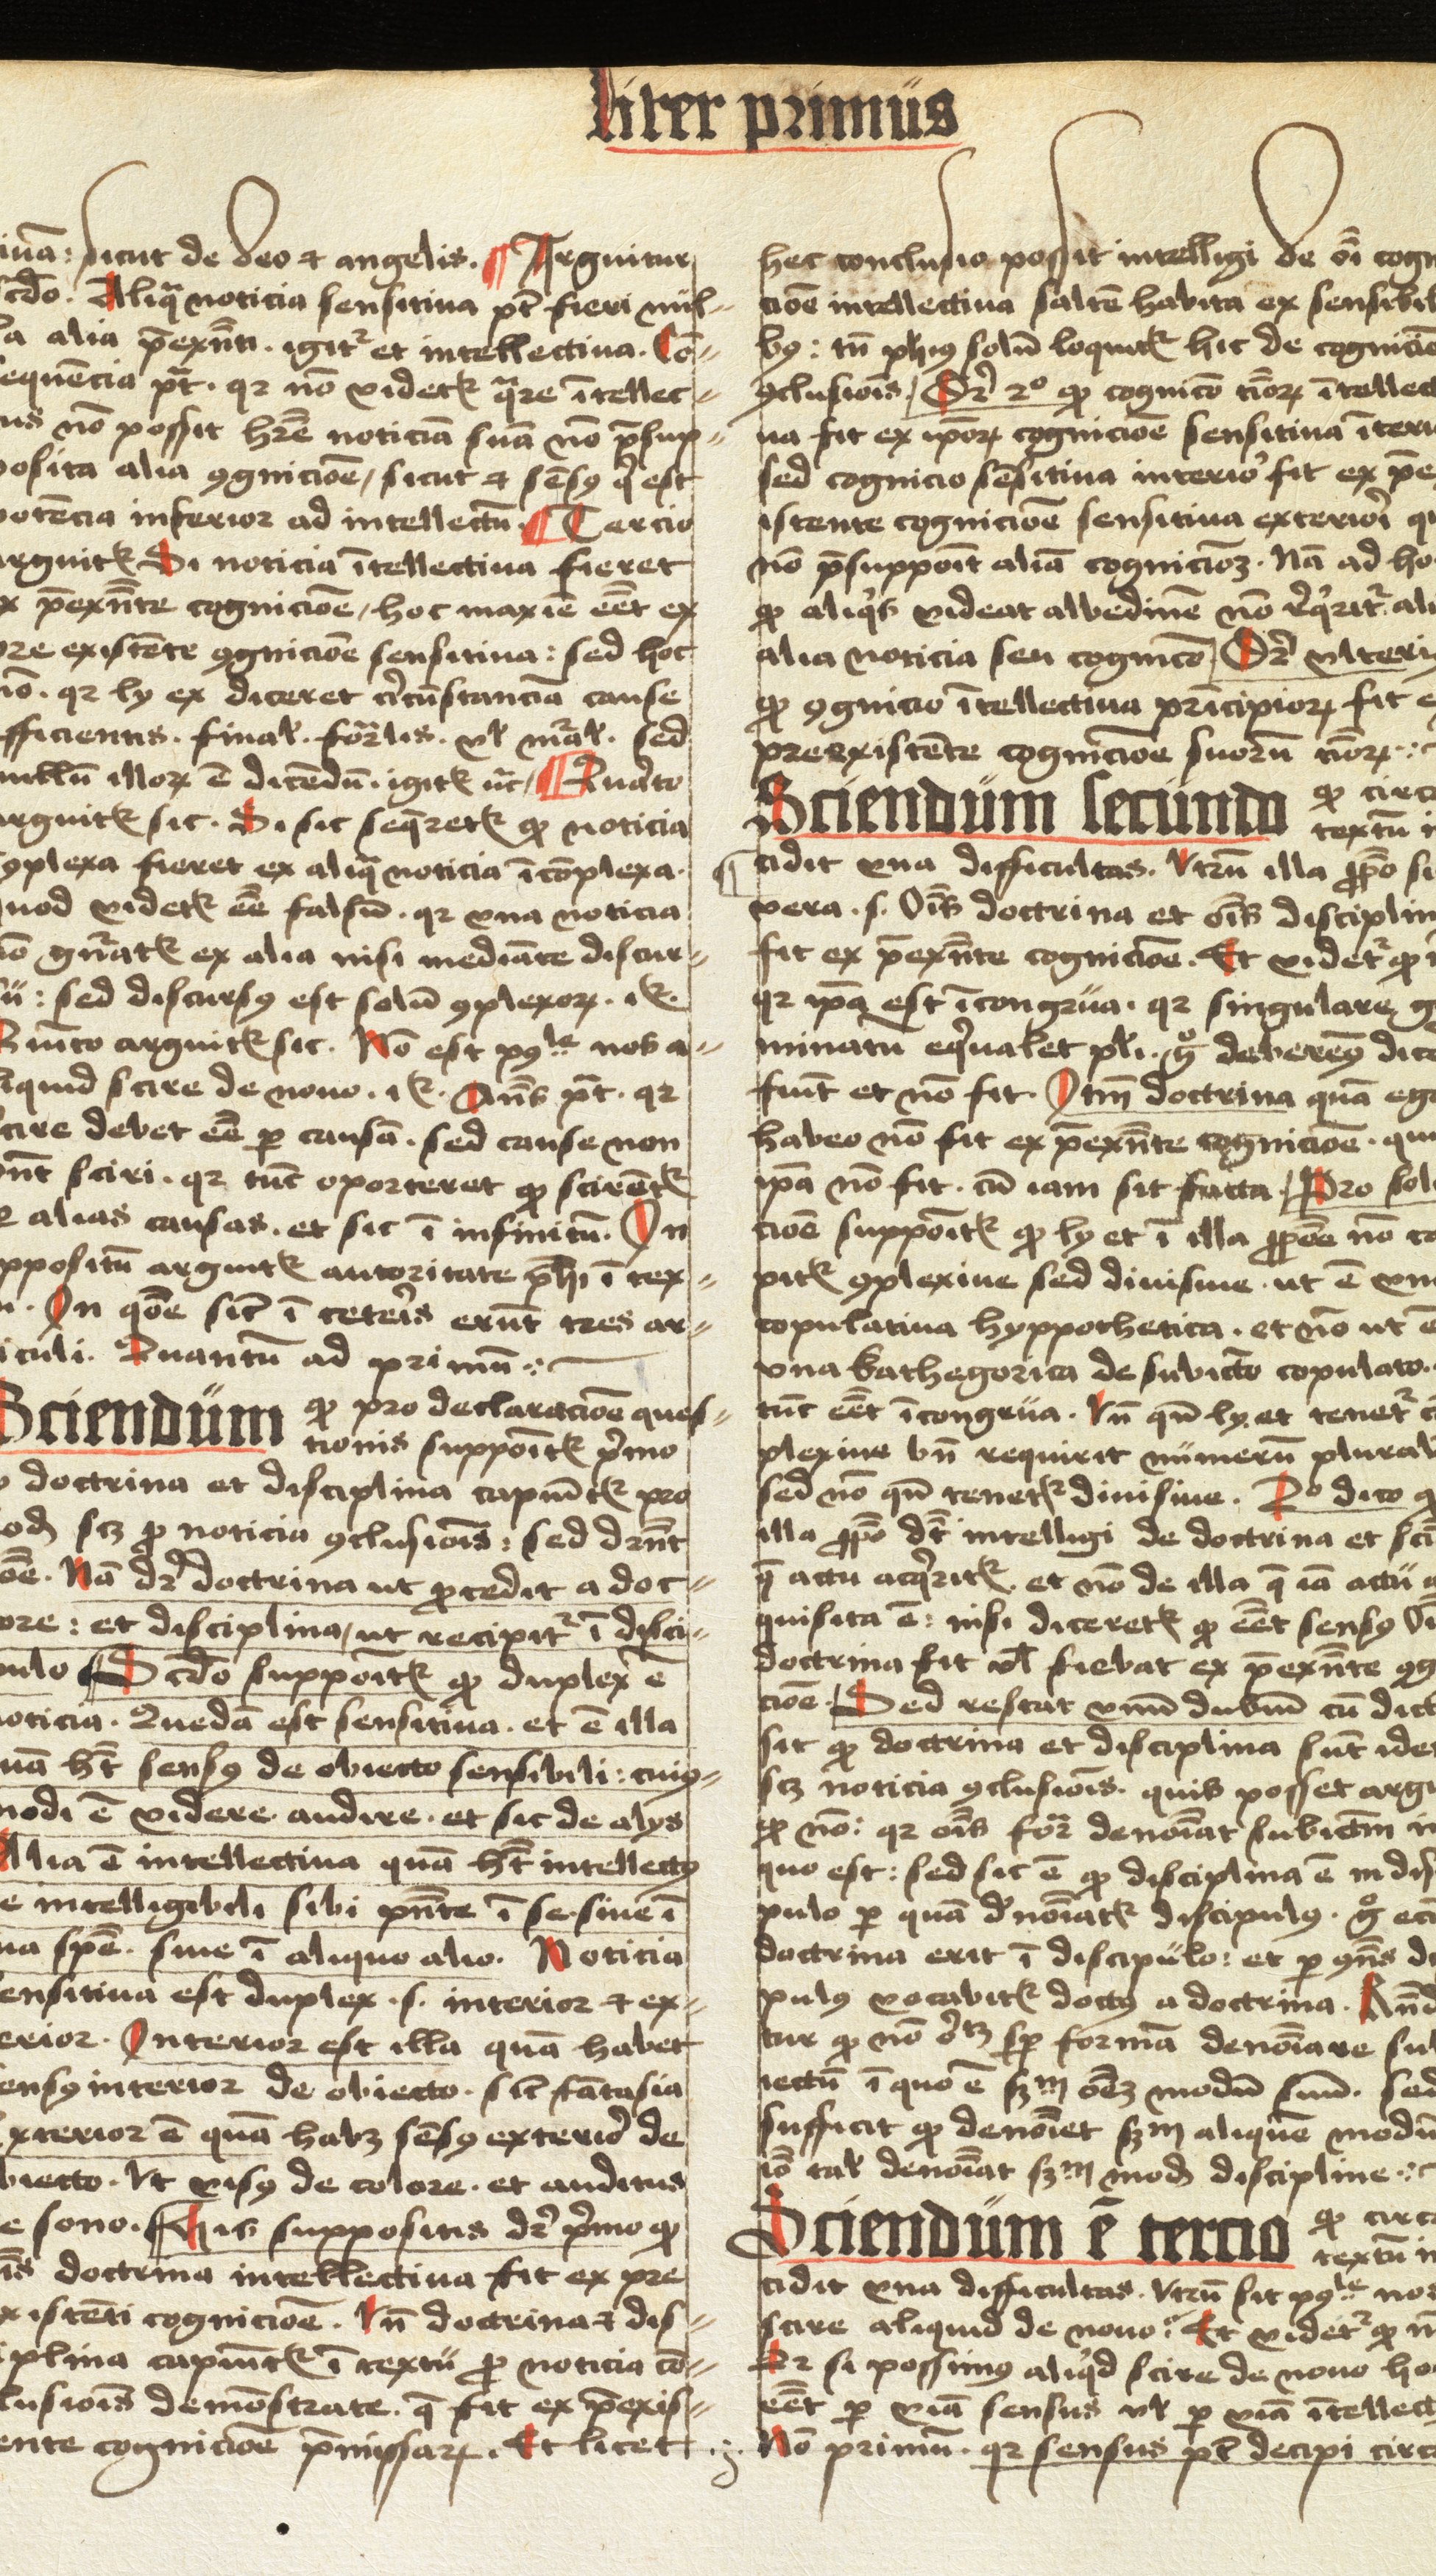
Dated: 1498–1499